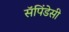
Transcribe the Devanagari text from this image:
सॅपिंडेसी